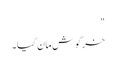
"
خرگوش مان گیا۔